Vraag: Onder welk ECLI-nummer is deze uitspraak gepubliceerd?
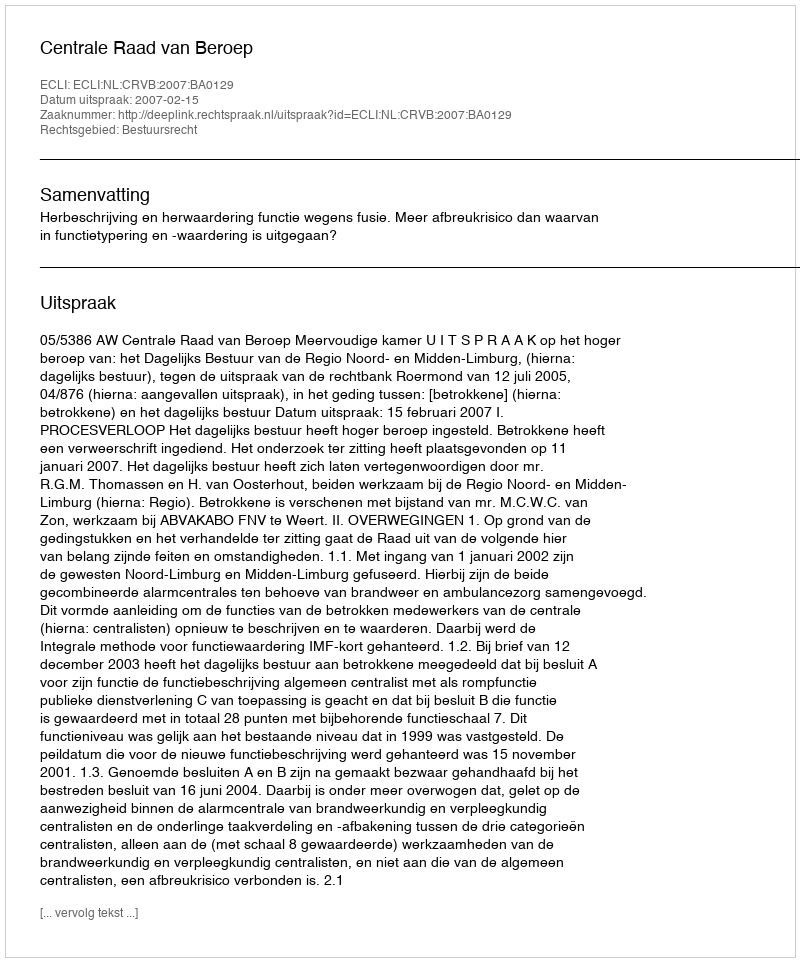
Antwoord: ECLI:NL:CRVB:2007:BA0129